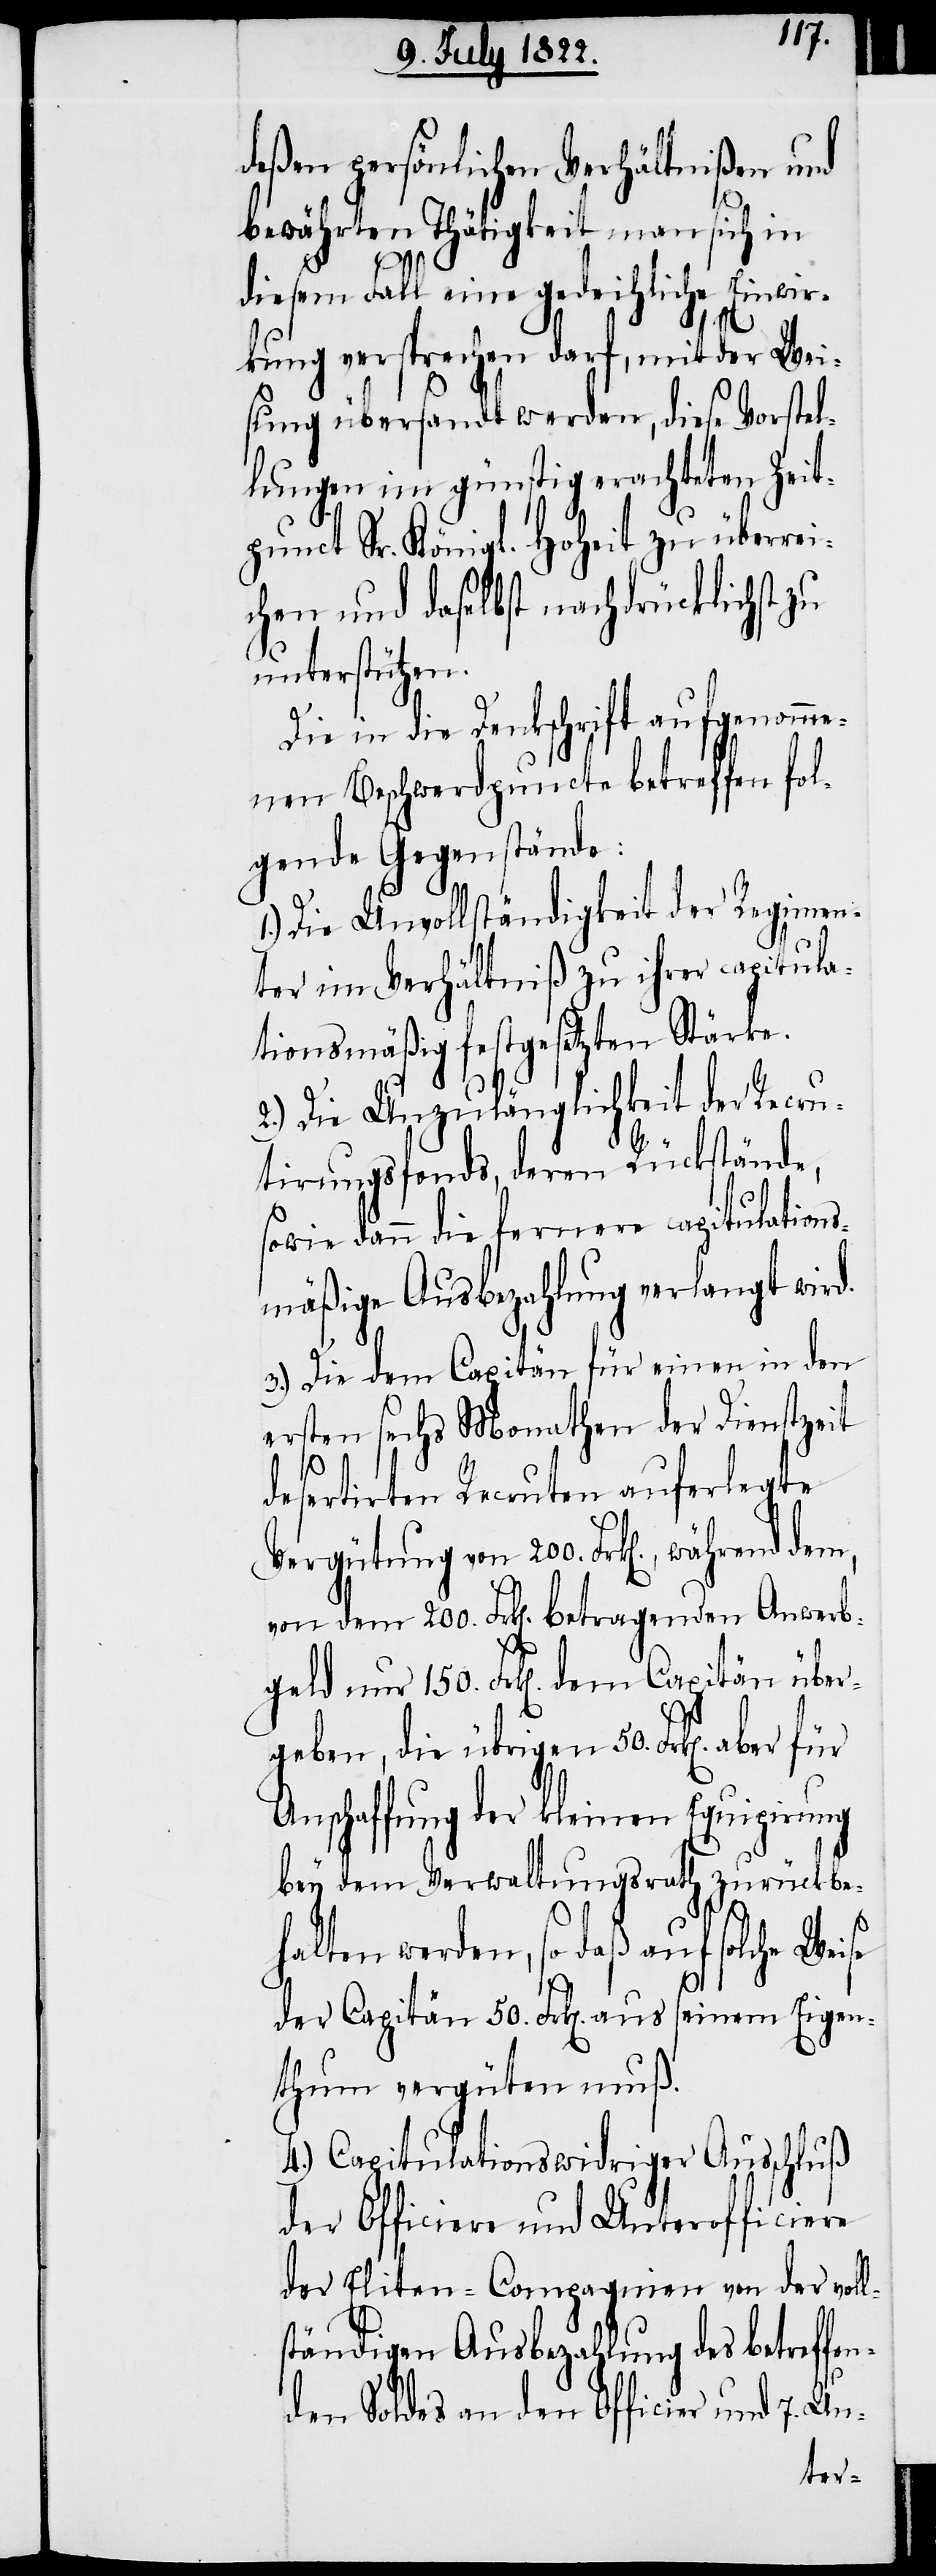
deßen persönlichen Verhältnißen und
bewährten Thätigkeit man sich in
diesem Fall eine gedeihliche Einwir¬
kung versprechen darf, mit der Wei¬
sung übersandt werden, diese Vorstel¬
lung im günstig erachteten Zeit¬
punct Sr. Königlichen Hoheit zu überrei¬
chen und daselbst nachdrücklich zu
unterstützen.
Die in die Denkschrift aufgenomme¬
nen Beschwerdpuncte betreffen fol¬
gende Gegenstände:
Die Unvollständigkeit der Regimen¬
ter im Verhältniß zu ihrer capitula¬
tionsmäßig festgesetzten Stärke.
2.) Die Unzulänglichkeit der Recru¬
tirungsfonds, deren Rückstände,
sowie dann die fernere capitulations¬
mäßige Ausbezahlung verlangt wird.
3.) Die dem Capitän für einen in den
ersten sechs Monathen der Dienstzeit
desertirten Recruten auferlegte
Vergütung von 200. Frk[en]., während
von dem 200. Frk[en]. betragenden Anwerb¬
geld nur 150. Frk[en]. dem Capitän über¬
geben, die übrigen 50. Frk[en]. aber
Anschaffung der kleinen Equipirung
bey dem Verwaltungsrath zurückbe¬
halten werden, so daß auf solche Weise
der Capitän 50. Frk[en]. aus seinem Eigen¬
thum vergüten muß.
4.) Capitulationswidriger Ausschluß
der Officiere und Unterofficiere
der Eliten-Compagnien von der voll¬
ständigen Ausbezahlung des betreffe¬
nden Soldes an den Officier und 7. Un-